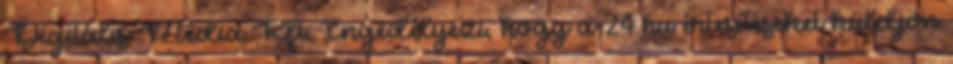
Digitális Média Kft. Engedélyezi, hogy a 24.hu értesítéseket küldjön